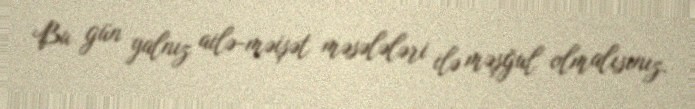
Bu gün yalnız ailə-məişət məsələləri ilə məşğul olmalısınız.